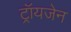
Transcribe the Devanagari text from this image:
ट्रॉयजेन